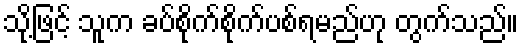
သို့ဖြင့် သူက ခပ်စိုက်စိုက်ပစ်ရမည်ဟု တွက်သည်။